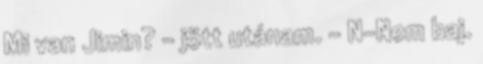
Mi van Jimin? - jött utánam. - N-Nem baj.